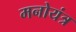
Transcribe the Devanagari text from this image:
मनोयंत्र